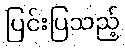
ပြင်းပြသည့်